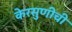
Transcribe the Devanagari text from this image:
केरसुणीची